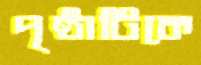
পৃষ্ঠাটিকে